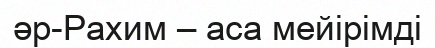
әр-Рахим – аса мейірімді